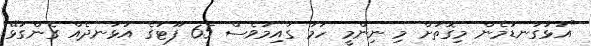
"އަޅުގަނޑުމެން މިގޮތަށް މި ނިންމީ ހަމަ ގައިމުވެސް 65 ފޫޓުގެ އުޅަނދެއް ގެންގުޅޭ